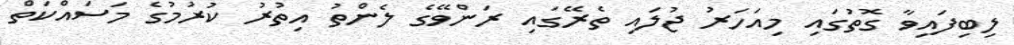
ލިބިފައިވާ ގޮތުގައި މިއަހަރު ޖުލައި ތެރޭގައި ރަންވޭގެ ލެންތު އިތުރު ކުރުމުގެ މަސައްކަތް